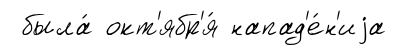
была́ окт'ябр'я́ напад'е́н'иjа